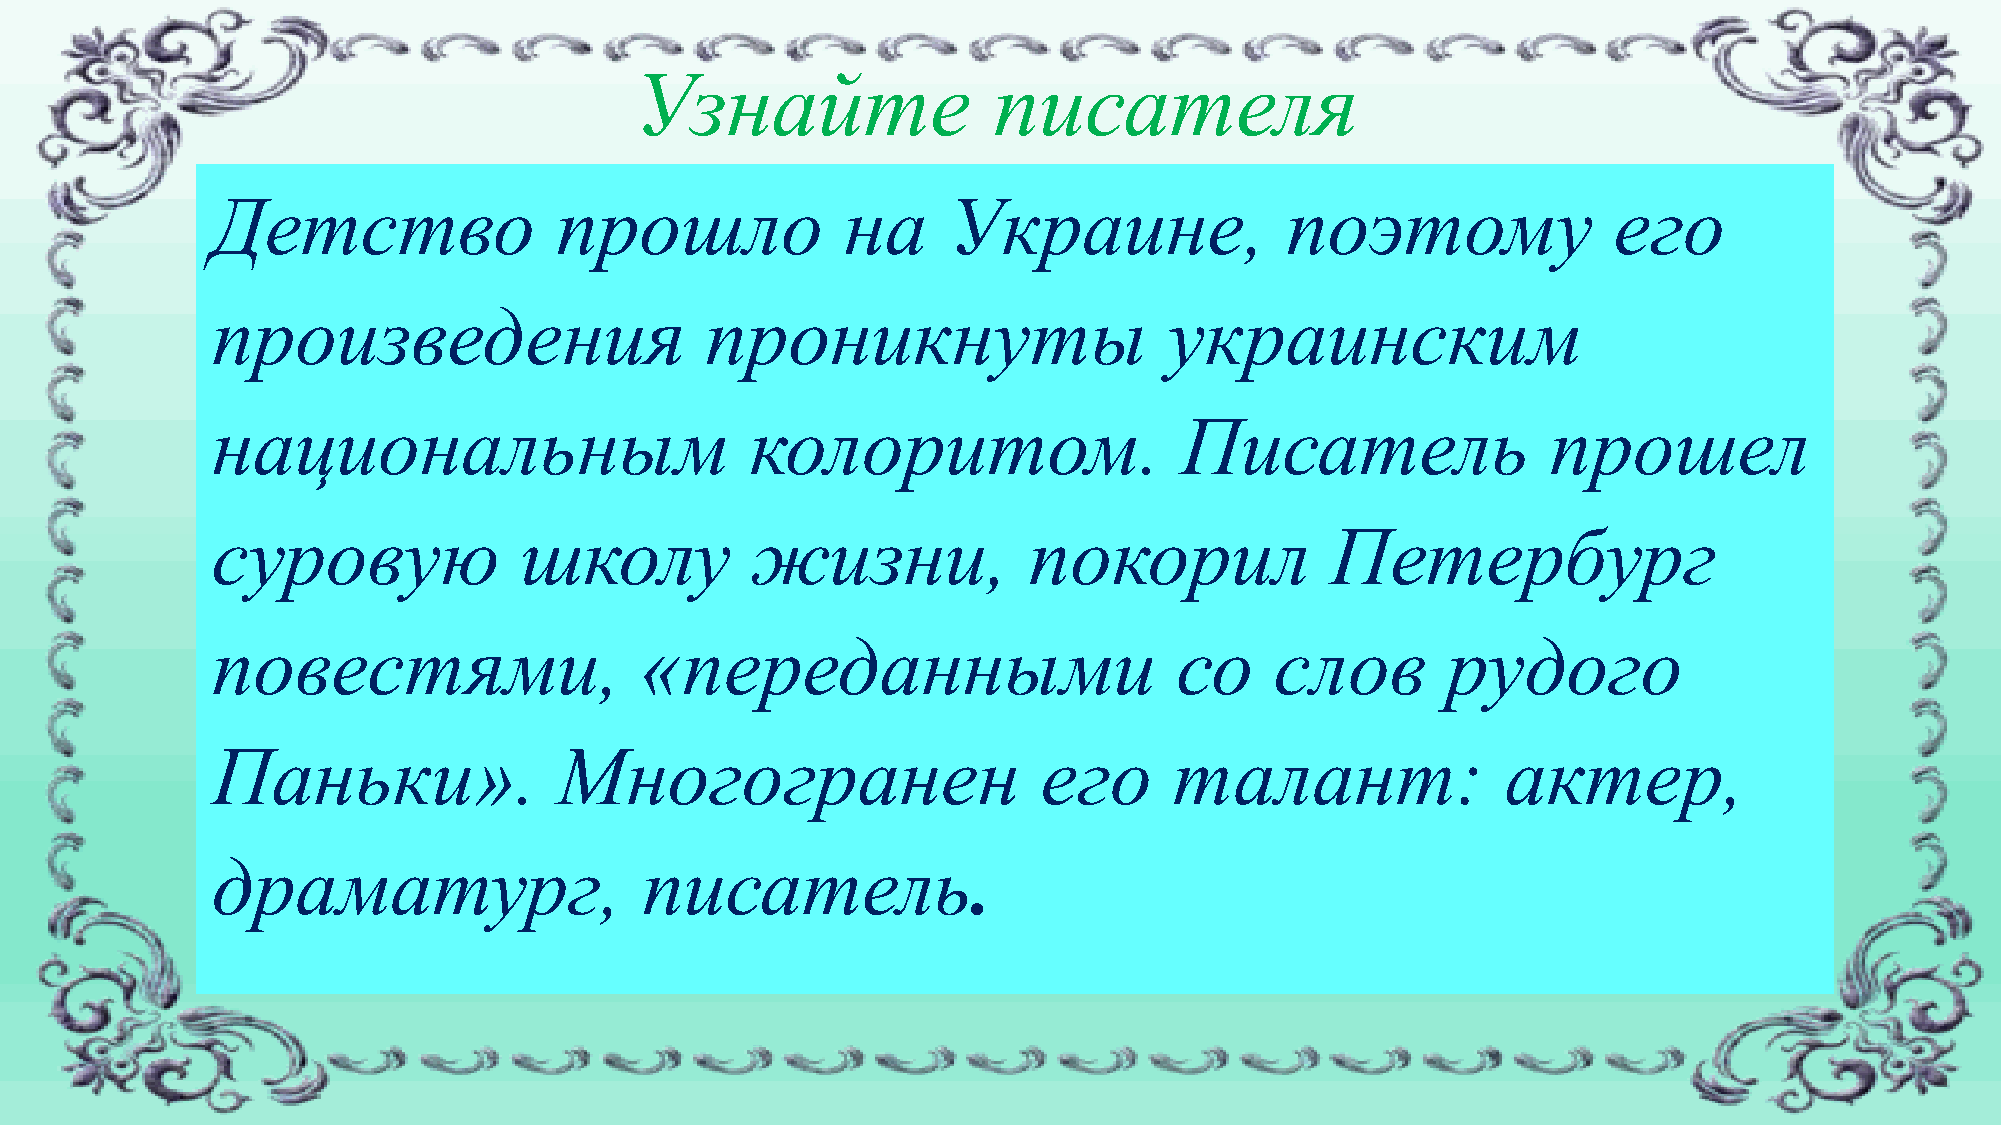
Узнайте                 писателя
 Детство                прошло             на     Украине,              поэтому               его
 произведения                     проникнуты                    украинским
 национальным                        колоритом.                  Писатель                 прошел
 суровую             школу           жизни,            покорил             Петербург
 повестями,                  «переданными                        со    слов        рудого
 Паньки».               Многогранен                     его      талант:               актер,
 драматург,                  писатель.